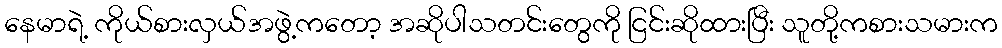
နေမာရဲ့ ကိုယ်စားလှယ်အဖွဲ့ကတော့ အဆိုပါသတင်းတွေကို ငြင်းဆိုထားပြီး သူတို့ကစားသမားက